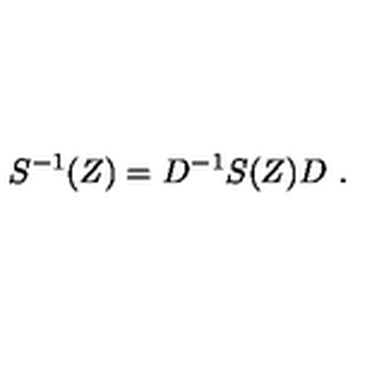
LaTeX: S ^ { - 1 } ( Z ) = D ^ { - 1 } S ( Z ) D \ .